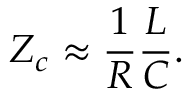
Z _ { c } \approx \frac { 1 } { R } \frac { L } { C } .